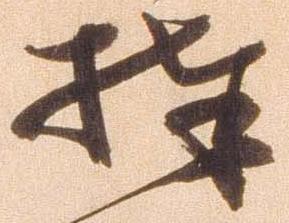
捧